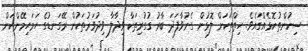
ސިކުންތުކޮޅެއްގައެވެ. ހިތްތަކަށް ލޮޅުން ގެނުވާފަދަ ބާރު ގުގުރިތަކާ ވިދާލާ ވިދުވަރުތަކުން ރޭގަނޑުގެ ހަމަހިމޭންކަން